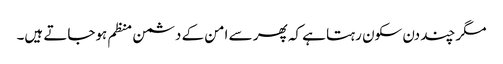
مگر چند دن سکون رہتا ہے کہ پھر سے امن کے دشمن منظم ہوجاتے ہیں۔